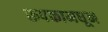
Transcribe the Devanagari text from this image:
रूपकामधून